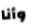
وأنا